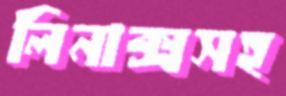
লিনাক্সসহ